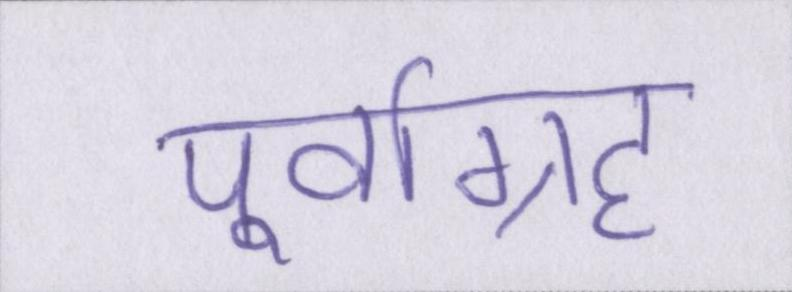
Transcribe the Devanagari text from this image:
पूर्वाग्रह